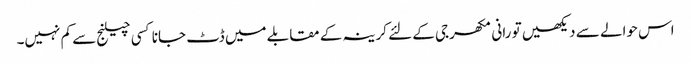
اس حوالے سے دیکھیں تو رانی مکھرجی کے لئے کرینہ کے مقابلے میں ڈٹ جانا کسی چیلنج سے کم نہیں۔